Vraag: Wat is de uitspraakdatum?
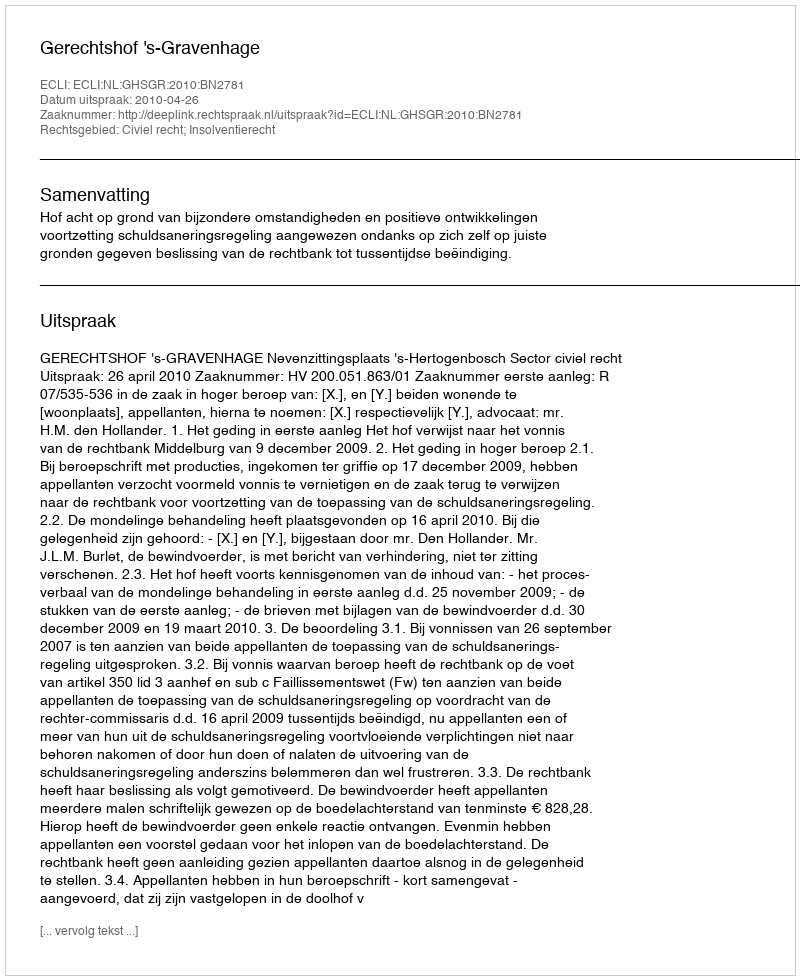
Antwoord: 2010-04-26